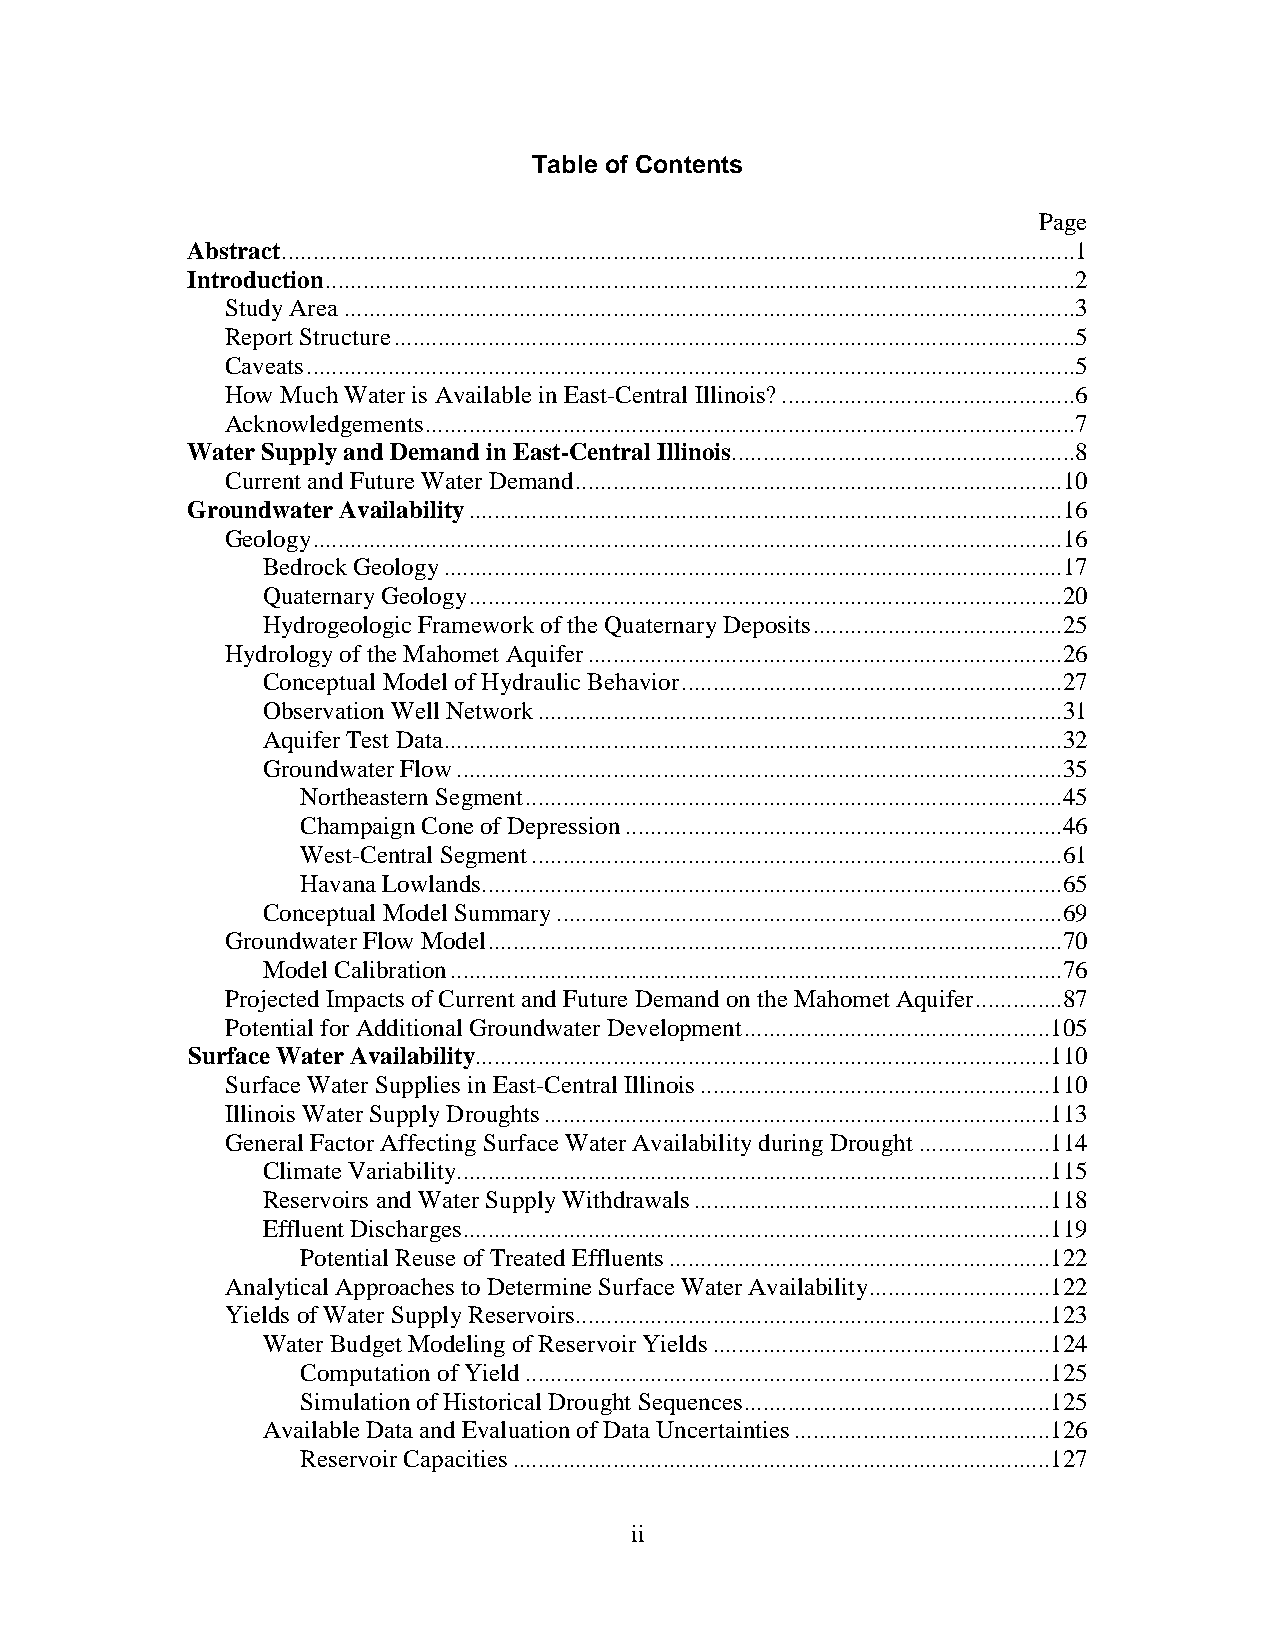
Table of Contents
 Page
 Abstract ...............................................................................................................................1
 Introduction ........................................................................................................................2
 Study Area .....................................................................................................................3
 Report Structure .............................................................................................................5
 Caveats ...........................................................................................................................5
 How Much Water is Available in East-Central Illinois? ...............................................6
 Acknowledgements ........................................................................................................7
 Water Supply and Demand in East-Central Illinois .......................................................8
 Current and Future Water Demand ..............................................................................10
 Groundwater Availability ...............................................................................................16
 Geology ........................................................................................................................16
 Bedrock Geology ...................................................................................................17
 Quaternary Geology ...............................................................................................20
 Hydrogeologic Framework of the Quaternary Deposits ........................................25
 Hydrology of the Mahomet Aquifer ............................................................................26
 Conceptual Model of Hydraulic Behavior .............................................................27
 Observation Well Network ....................................................................................31
 Aquifer Test Data ...................................................................................................32
 Groundwater Flow .................................................................................................35
 Northeastern Segment ......................................................................................45
 Champaign Cone of Depression ......................................................................46
 West-Central Segment .....................................................................................61
 Havana Lowlands.............................................................................................65
 Conceptual Model Summary .................................................................................69
 Groundwater Flow Model ............................................................................................70
 Model Calibration ..................................................................................................76
 Projected Impacts of Current and Future Demand on the Mahomet Aquifer ..............87
 Potential for Additional Groundwater Development .................................................105
 Surface Water Availability............................................................................................110
 Surface Water Supplies in East-Central Illinois ........................................................110
 Illinois Water Supply Droughts .................................................................................113
 General Factor Affecting Surface Water Availability during Drought .....................114
 Climate Variability...............................................................................................115
 Reservoirs and Water Supply Withdrawals .........................................................118
 Effluent Discharges ..............................................................................................119
 Potential Reuse of Treated Effluents .............................................................122
 Analytical Approaches to Determine Surface Water Availability .............................122
 Yields of Water Supply Reservoirs............................................................................123
 Water Budget Modeling of Reservoir Yields ......................................................124
 Computation of Yield ....................................................................................125
 Simulation of Historical Drought Sequences .................................................125
 Available Data and Evaluation of Data Uncertainties .........................................126
 Reservoir Capacities ......................................................................................127
 ii